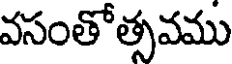
వసంతోత్సవము